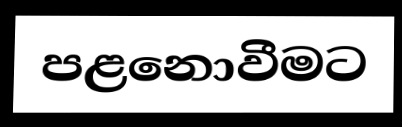
පළනොවීමට